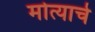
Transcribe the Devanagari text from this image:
मोत्याचे